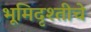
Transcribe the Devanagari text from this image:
भूमिदृश्तीचे